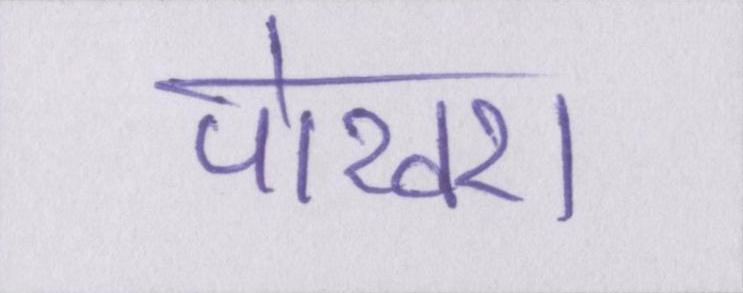
पोखरा